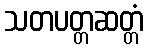
သတပတ္တဆတ္တံ